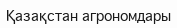
Қазақстан агрономдары